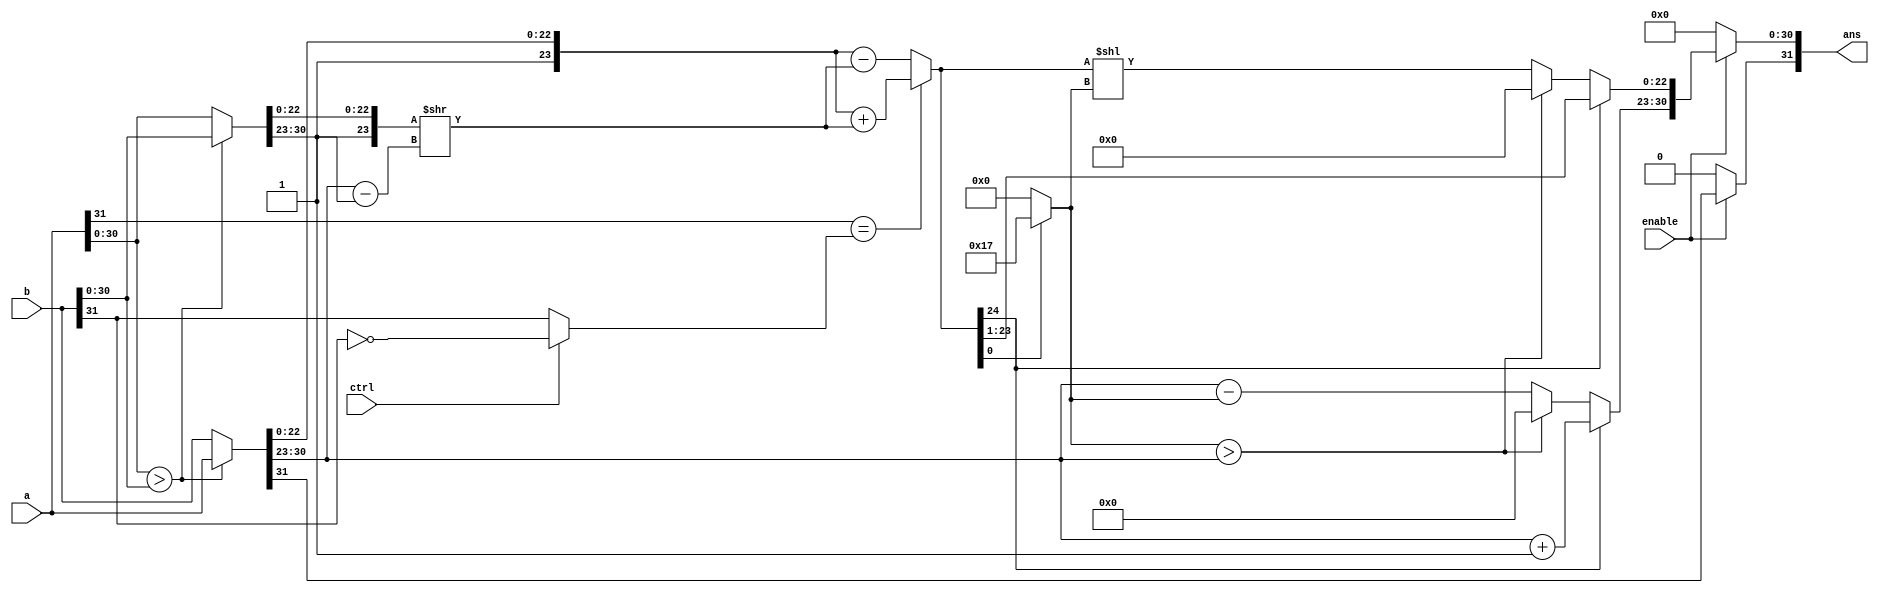
`timescale 1ns / 1ps
//////////////////////////////////////////////////////////////////////////////////
// 
// Design Name: 
// Module Name:    Floating_adder 
// Project Name: 
// Target Devices: 
// Tool versions: 
// Description: 
//
// Dependencies: 
//
// Revision: 
// Revision 0.01 - File Created
// Additional Comments: 
//
//////////////////////////////////////////////////////////////////////////////////
module Floating_adder(
    input [31:0] a,
    input [31:0] b,
    input ctrl,	// 0- add , 1-subtract
	 input enable,
    output [31:0] ans
    );
	
	reg [31:0] val_b,val_s; //bigger and smaller
	reg [23:0] aligned;
	reg [31:0] result;
	reg [24:0] sum,sum_norm;
	reg [4:0] lead0;	//leading zeros can be go up to 23
	reg sig_a, sig_b;
	
	integer i;
	
	always @ (*) begin
		if(enable) begin
			sig_a = a[31];
			sig_b = (ctrl)? ~b[31] : b[31];	//ctrl sign 1 means value will invert
	// 1st stage - sort to find the bigger number		
			if(a[30:0] > b[30:0]) begin
				val_b = a;
				val_s = b; 
			end else begin
				val_b = b;
				val_s = a;
			end
	// 2nd stage - align small number		
			aligned = {1'b1,val_s[22:0]} >> (val_b[30:23] - val_s[30:23]);
	// 3rd stage - perform add/sub operation		
			if(sig_a == sig_b) begin
				sum = {2'b01,val_b[22:0]} + aligned;
			end else begin
				sum = {2'b01,val_b[22:0]} - aligned;
			end		
	// 4th stage - normalizing
			for(i=23; i>=0; i=i-1) begin
				if(sum[i]) begin
					lead0 = 23 - i;
					i = -1;
				end else
					lead0 = 0;
			end
			sum_norm = sum << lead0;	//shift the mantissa
	// 5th stage - setting the result
			if(sum[24]) begin
				result[30:23] = val_b[30:23] + 1'b1;
				result[22:0] = sum[23:1];
			end else begin
				
				if(lead0 > val_b[30:23]) begin	//number too small should throw underflow exception if mantissa not equal to zero
					result[30:0] = 0;
				end else begin
					result[30:23] = val_b[30:23] - lead0;
					result[22:0] = sum_norm[22:0];
				end
			end
			result[31] = val_b[31];
		end else
			result = 0;
	end
	
	assign ans = result;
	
endmodule